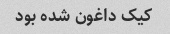
کیک داغون شده بود